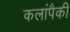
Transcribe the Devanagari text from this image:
कलांपैकी